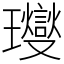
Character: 𤫉